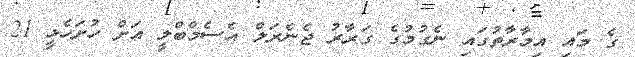
ގެ މައި އިމާރާތުގައި ނެގުމުގެ ގަރާރު ޖެނެރަލް އެެސެމްބްލީ އަށް ހުށަހެޅީ 21